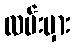
လမ်းမှား